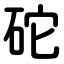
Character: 砣